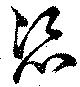
恣